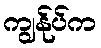
ကျွန်ုပ်က